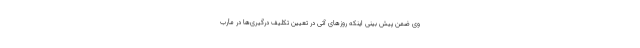
وی ضمن پیش بینی اینکه روزهای آتی در تعیین تکلیف درگیری‌ها در مأرب